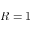
R = 1